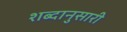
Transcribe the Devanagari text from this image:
शब्दानुसारी